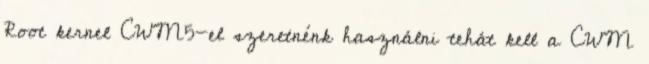
Root kernel CWM5-el szeretnénk használni tehát kell a CWM